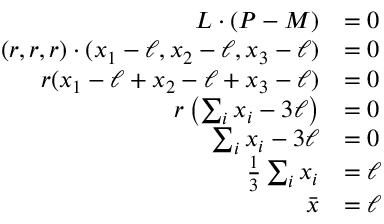
{ \begin{array} { r l } { L \cdot ( P - M ) } & { = 0 } \\ { ( r , r , r ) \cdot ( x _ { 1 } - \ell , x _ { 2 } - \ell , x _ { 3 } - \ell ) } & { = 0 } \\ { r ( x _ { 1 } - \ell + x _ { 2 } - \ell + x _ { 3 } - \ell ) } & { = 0 } \\ { r \left( \sum _ { i } x _ { i } - 3 \ell \right) } & { = 0 } \\ { \sum _ { i } x _ { i } - 3 \ell } & { = 0 } \\ { { \frac { 1 } { 3 } } \sum _ { i } x _ { i } } & { = \ell } \\ { { \bar { x } } } & { = \ell } \end{array} }